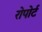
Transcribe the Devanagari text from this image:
रोपोर्ट